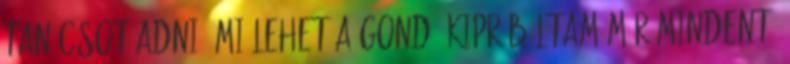
tanácsot adni? Mi lehet a gond? kipróbáltam már mindent,